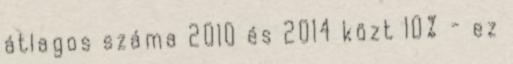
átlagos száma 2010 és 2014 közt 10% - ez